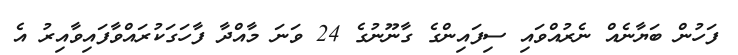
ފަހުން ބަޔާނެއް ނެރުއްވައި ސިފައިންގެ ގާނޫނުގެ 24 ވަނަ މާއްދާ ފާހަގަކުރައްވާފައިވާއިރު އެ